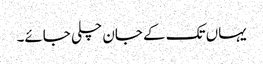
یہاں تک کے جان چلی جائے۔